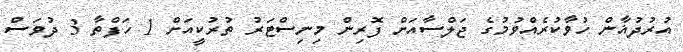
އުރުދުޣާން ހުވާކުރެއްވުމުގެ ޖަލްސާއަށް ފޮރިން މިނިސްޓަރު ތުރުކީއަށް 1 ހަފްތާ 3 ދުވަސް